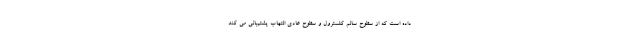
داده است که از سطوح سالم کلسترول و سطوح عادی التهاب پشتیبانی می کند